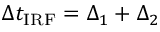
\Delta t _ { \mathrm { I R F } } = \Delta _ { 1 } + \Delta _ { 2 }